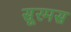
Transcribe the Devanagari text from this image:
सूरमस